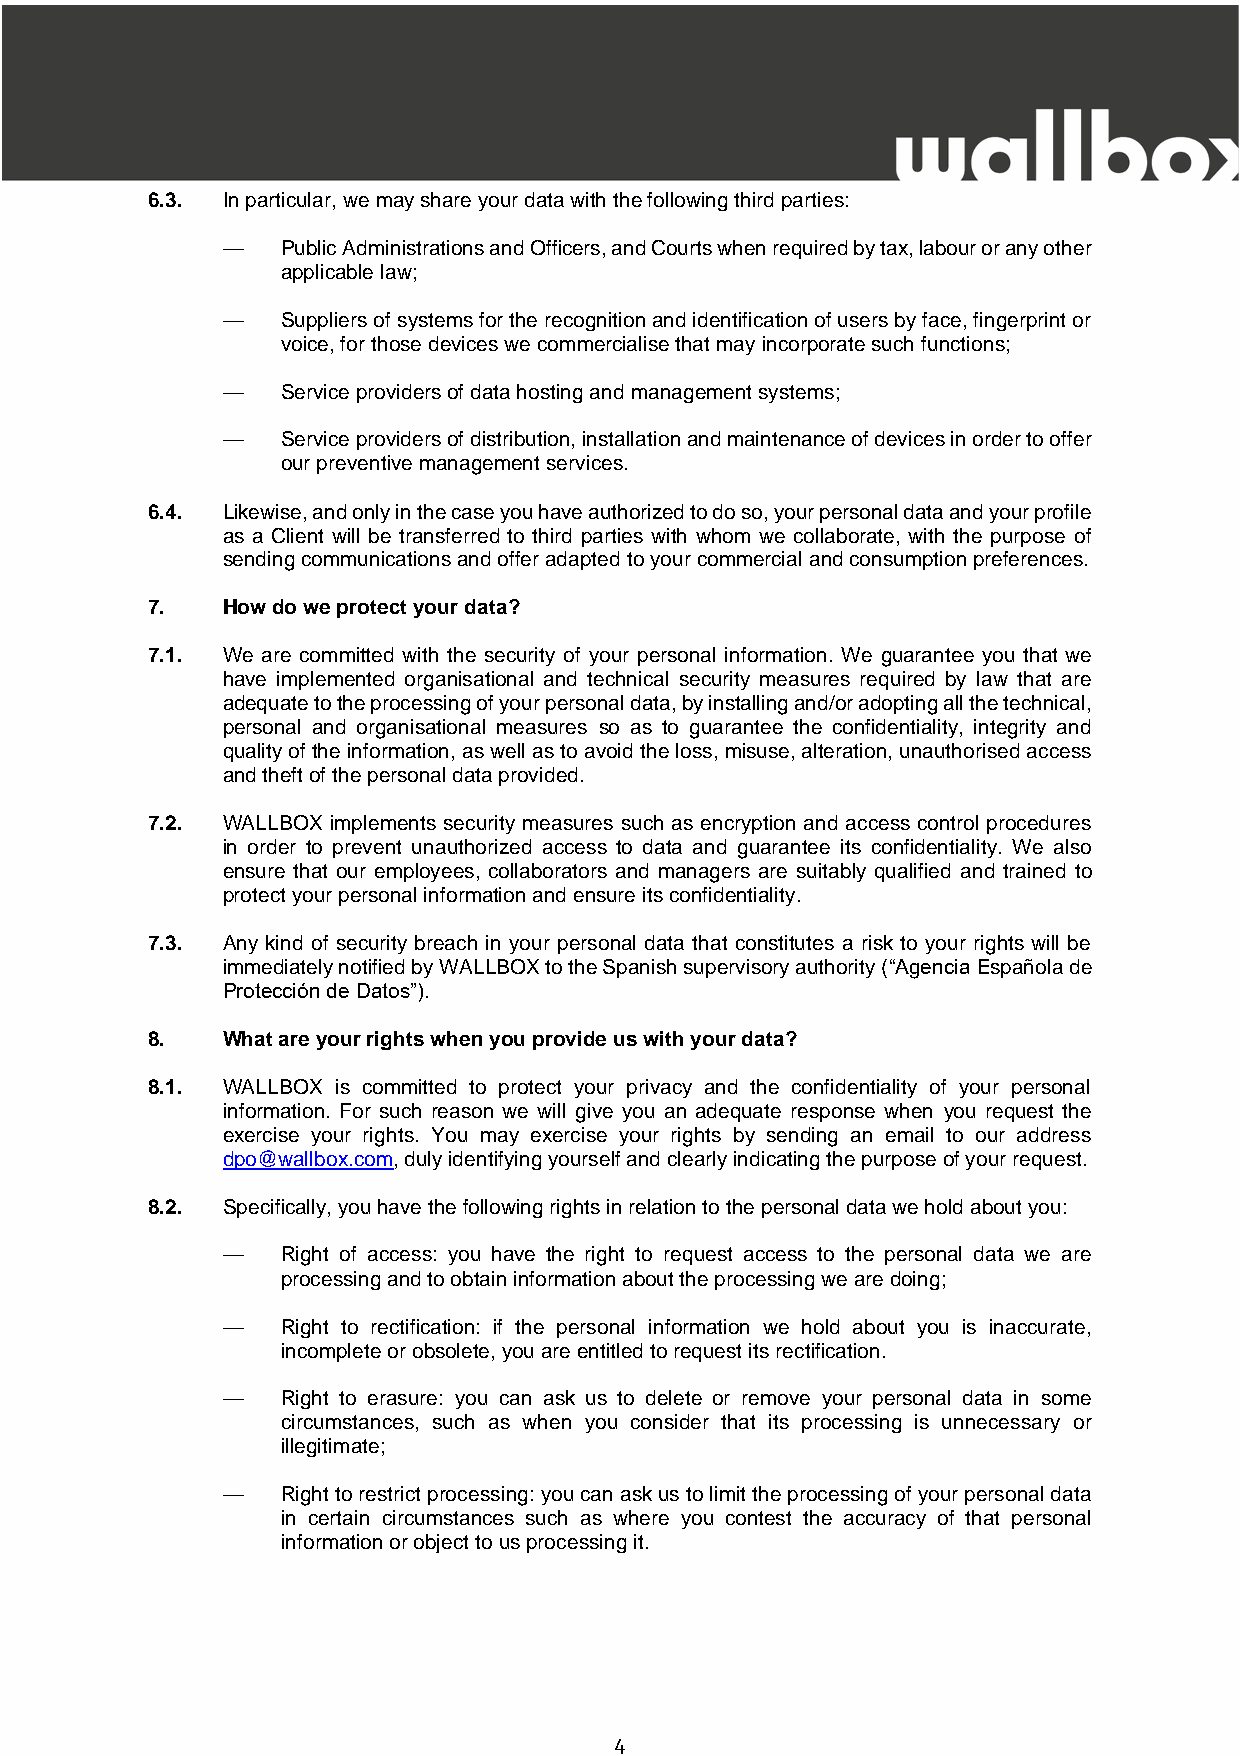
6.3. In particular, we may share your data with the following third parties:
 —   Public Administrations and Officers, and Courts when required by tax, labour or any other
 applicable law;
 —   Suppliers of systems for the recognition and identification of users by face, fingerprint or
 voice, for those devices we commercialise that may incorporate such functions;
 —   Service providers of data hosting and management systems;
 —   Service providers of distribution, installation and maintenance of devices in order to offer
 our preventive management services.
 6.4. Likewise, and only in the case you have authorized to do so, your personal data and your profile
 as a Client will be transferred to third parties with whom we collaborate, with the purpose of
 sending communications and offer adapted to your commercial and consumption preferences.
 7.   How do we protect your data?
 7.1. We are committed with the security of your personal information. We guarantee you that we
 have implemented organisational and technical security measures required by law that are
 adequate to the processing of your personal data, by installing and/or adopting all the technical,
 personal and organisational measures so as to guarantee the confidentiality, integrity and
 quality of the information, as well as to avoid the loss, misuse, alteration, unauthorised access
 and theft of the personal data provided.
 7.2. WALLBOX implements security measures such as encryption and access control procedures
 in order to prevent unauthorized access to data and guarantee its confidentiality. We also
 ensure that our employees, collaborators and managers are suitably qualified and trained to
 protect your personal information and ensure its confidentiality.
 7.3. Any kind of security breach in your personal data that constitutes a risk to your rights will be
 immediately notified by WALLBOX to the Spanish supervisory authority (“Agencia Española de
 Protección de Datos”).
 8.   What are your rights when you provide us with your data?
 8.1. WALLBOX is committed to protect your privacy and the confidentiality of your personal
 information. For such reason we will give you an adequate response when you request the
 exercise your rights. You may exercise your rights by sending an email to our address
 dpo@wallbox.com, duly identifying yourself and clearly indicating the purpose of your request.
 8.2. Specifically, you have the following rights in relation to the personal data we hold about you:
 —   Right of access: you have the right to request access to the personal data we are
 processing and to obtain information about the processing we are doing;
 —   Right to rectification: if the personal information we hold about you is inaccurate,
 incomplete or obsolete, you are entitled to request its rectification.
 —   Right to erasure: you can ask us to delete or remove your personal data in some
 circumstances, such as when you consider that its processing is unnecessary or
 illegitimate;
 —   Right to restrict processing: you can ask us to limit the processing of your personal data
 in certain circumstances such as where you contest the accuracy of that personal
 information or object to us processing it.
 4